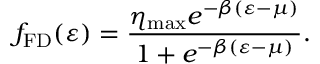
f _ { \mathrm { F D } } ( \varepsilon ) = \frac { \eta _ { \mathrm { m a x } } e ^ { - \beta ( \varepsilon - \mu ) } } { 1 + e ^ { - \beta ( \varepsilon - \mu ) } } .